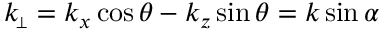
k _ { \scriptscriptstyle \! \perp } = k _ { x } \cos \theta - k _ { z } \sin \theta = k \sin \alpha